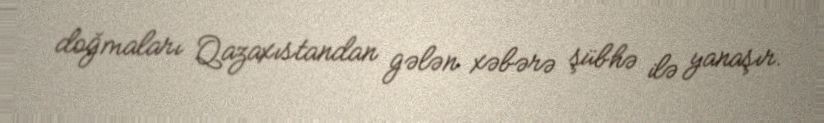
doğmaları Qazaxıstandan gələn xəbərə şübhə ilə yanaşır.